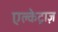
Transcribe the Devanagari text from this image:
एल्केट्राज़